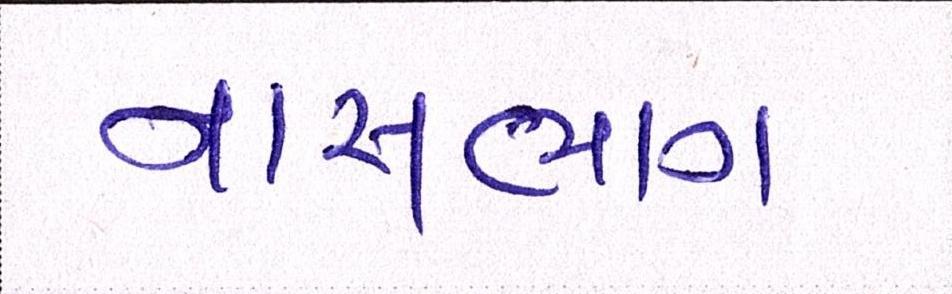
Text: નાસભાગ